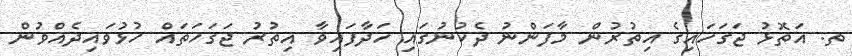
ތ. އަތޮޅު ޖަގަހައިގެ އިތުރުން މާފަންނު ދެކުނުގައި ހަދާފައިވާ އިތުރު ޖަގަހަތައް ހުޅުވައިދެއްވުން